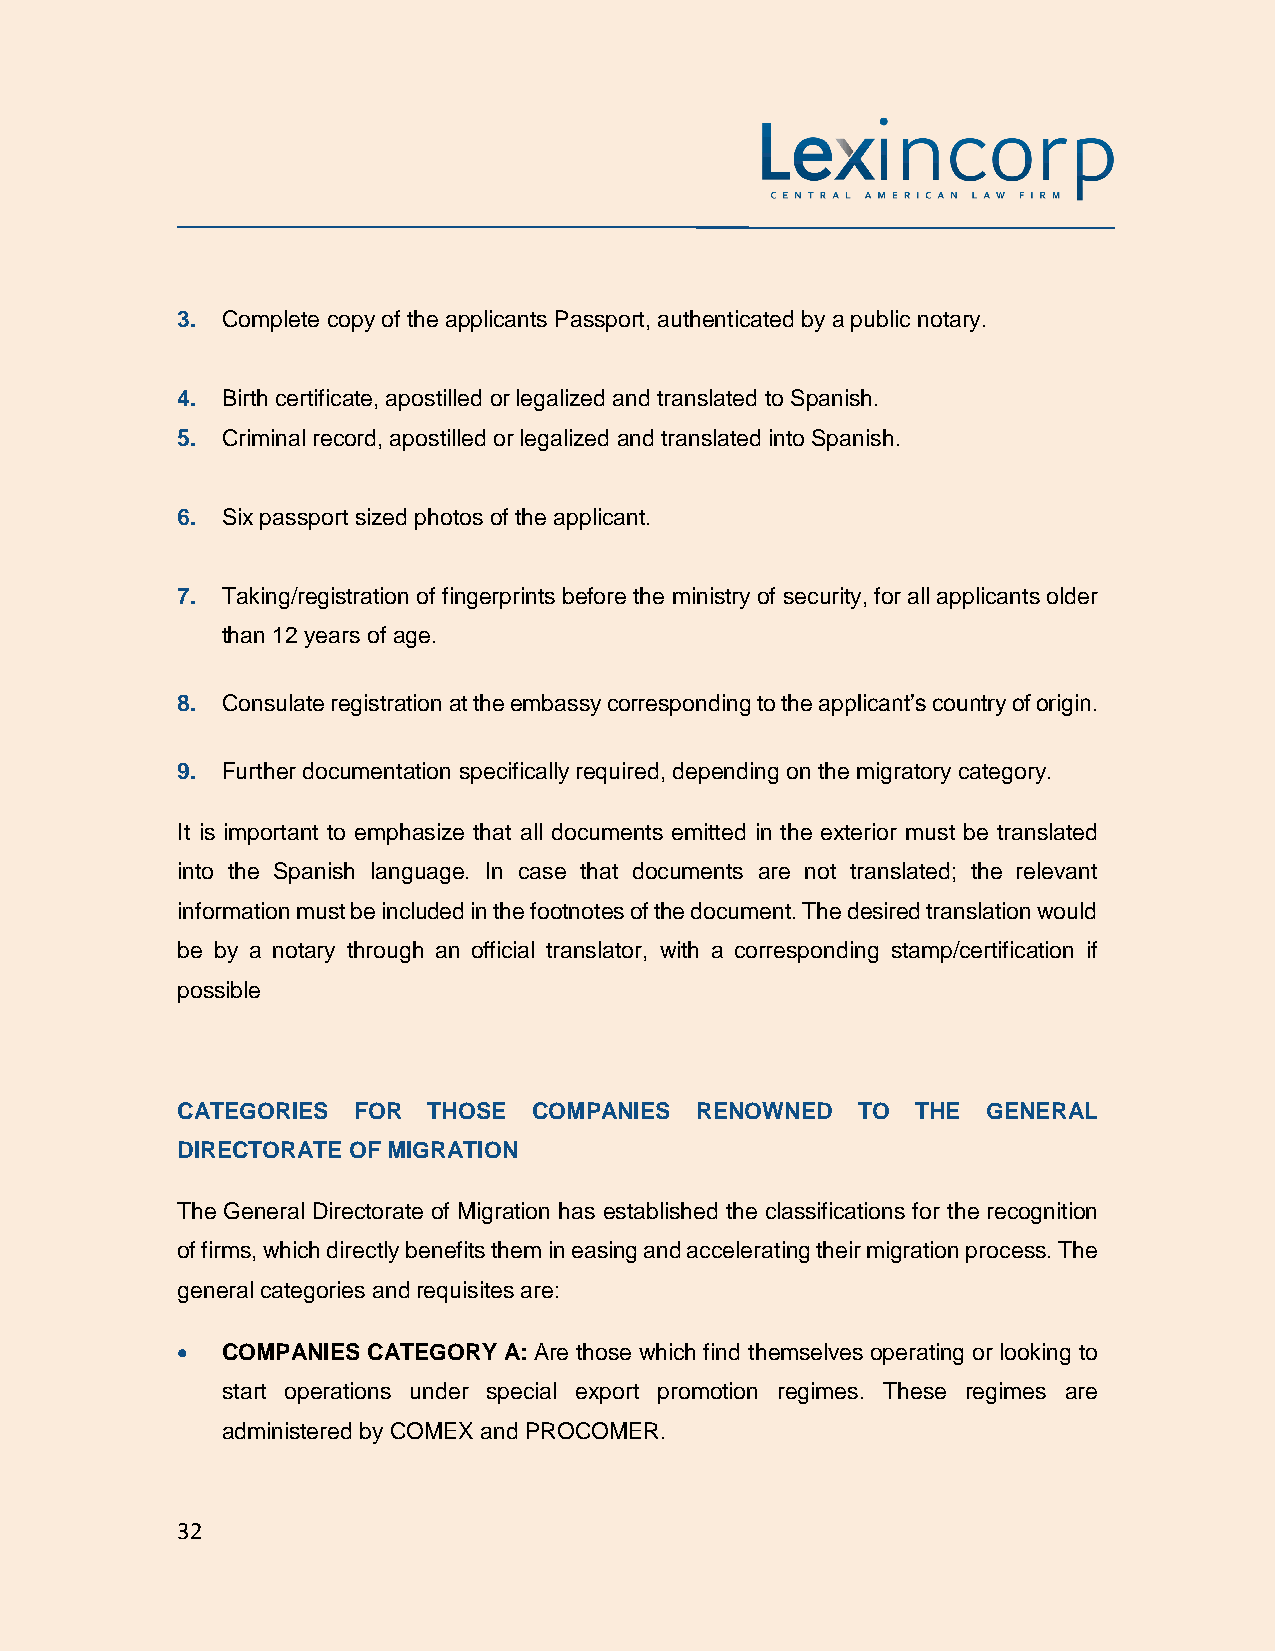
3. Complete copy of the applicants Passport, authenticated by a public notary.
 4. Birth certificate, apostilled or legalized and translated to Spanish.
 5. Criminal record, apostilled or legalized and translated into Spanish.
 6. Six passport sized photos of the applicant.
 7. Taking/registration of fingerprints before the ministry of security, for all applicants older
 than 12 years of age.
 8. Consulate registration at the embassy corresponding to the applicant’s country of origin.
 9. Further documentation specifically required, depending on the migratory category.
 It is important to emphasize that all documents emitted in the exterior must be translated
 into the Spanish language. In case that documents are not translated; the relevant
 information must be included in the footnotes of the document. The desired translation would
 be by a notary through an official translator, with a corresponding stamp/certification if
 possible
 CATEGORIES FOR  THOSE  COMPANIES  RENOWNED   TO  THE GENERAL
 DIRECTORATE OF MIGRATION
 The General Directorate of Migration has established the classifications for the recognition
 of firms, which directly benefits them in easing and accelerating their migration process. The
 general categories and requisites are:
 •  COMPANIES CATEGORY A: Are those which find themselves operating or looking to
 start operations under special export promotion regimes. These regimes are
 administered by COMEX and PROCOMER.
 32